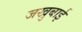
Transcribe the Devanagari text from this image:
जखुबाई